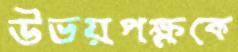
উভয়পক্ষকে